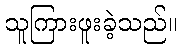
သူကြားဖူးခဲ့သည်။